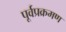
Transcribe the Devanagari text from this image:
पूर्वप्रक्रमण